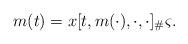
LaTeX: \begin{align*}m(t)=x[t,m(\cdot),\cdot,\cdot]_\#\varsigma. \end{align*}